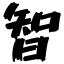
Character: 智